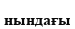
нындағы